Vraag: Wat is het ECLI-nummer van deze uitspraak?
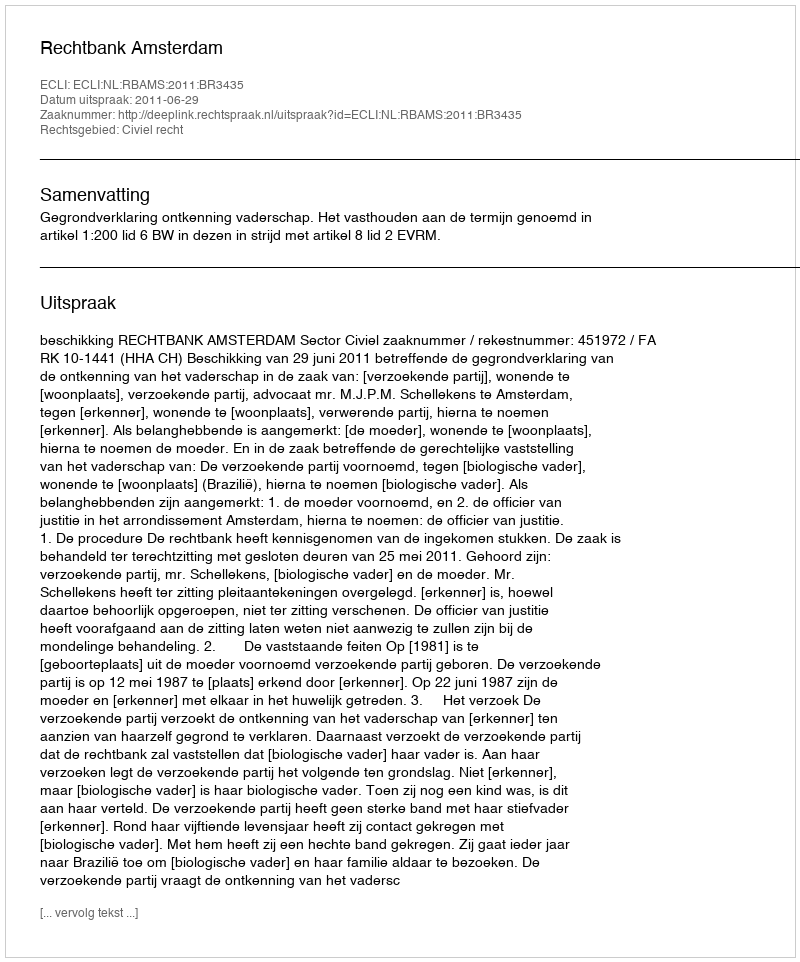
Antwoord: ECLI:NL:RBAMS:2011:BR3435